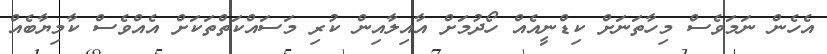
އެހެން ނަމަވެސް މިހާތަނަށް ކިޑްނީއެއް ހޯދުމަށް އާއިލާއިން ކުރި މަސައްކަތްތަކަށް އެއްވެސް ކާމިޔާބެއް